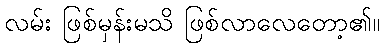
လမ်း ဖြစ်မှန်းမသိ ဖြစ်လာလေတော့၏။